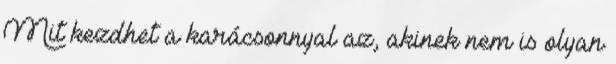
Mit kezdhet a karácsonnyal az, akinek nem is olyan